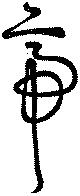
帝